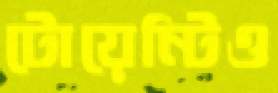
টোয়েন্টিও